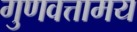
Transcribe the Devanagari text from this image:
गुणवत्तामय